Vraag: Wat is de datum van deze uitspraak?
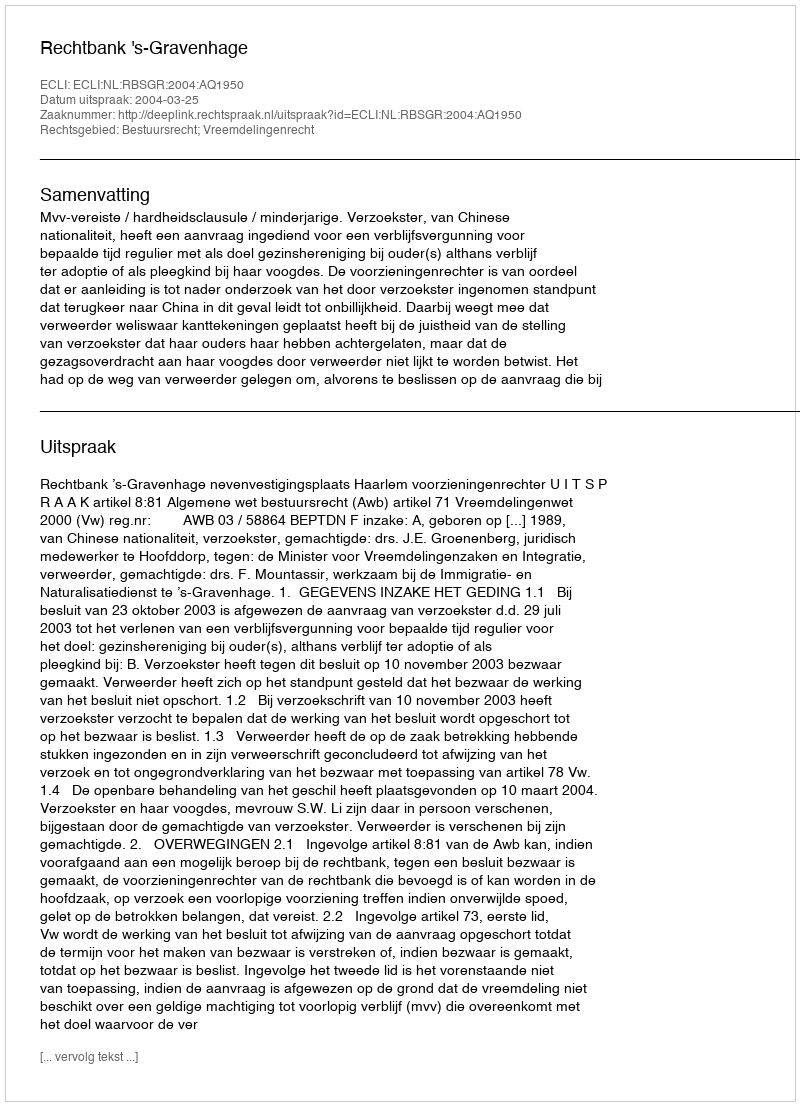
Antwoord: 2004-03-25